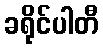
ခရိုင်ပါတီ